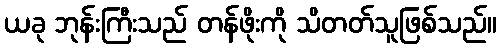
ယခု ဘုန်းကြီးသည် တန်ဖိုးကို သိတတ်သူဖြစ်သည်။